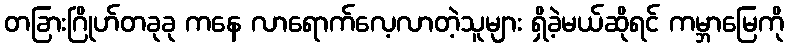
တခြားဂြိုဟ်တခုခု ကနေ လာရောက်လေ့လာတဲ့သူများ ရှိခဲ့မယ်ဆိုရင် ကမ္ဘာမြေကို